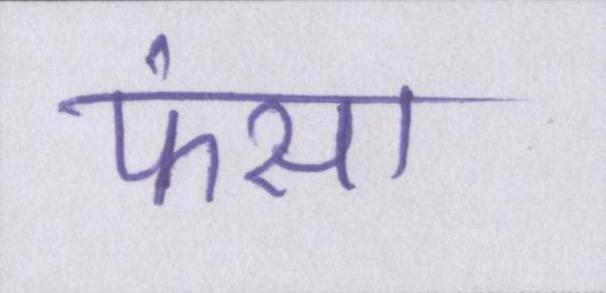
फंसा